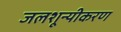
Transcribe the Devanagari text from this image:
जलशून्यीकरण